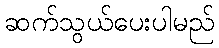
ဆက်သွယ်ပေးပါမည်